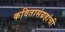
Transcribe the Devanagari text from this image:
कवितासंग्रहांची